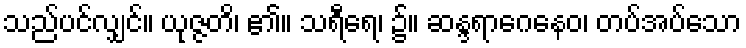
သည်ပင်လျှင်။ ယုဇ္ဇတိ၊ ၏။ သရီရေ၊ ၌။ ဆန္ဒရာဂေနေဝ၊ တပ်အပ်သော